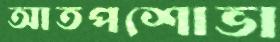
আতপশোভা